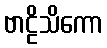
ဗာဠိသိကော